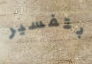
بتفسير